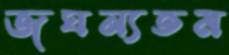
জঘন্যতম